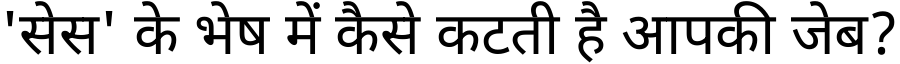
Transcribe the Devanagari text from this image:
'सेस' के भेष में कैसे कटती है आपकी जेब?